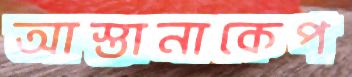
আস্তানাকেপ